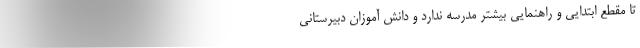
تا مقطع ابتدایی و راهنمایی بیشتر مدرسه ندارد و دانش آموزان دبیرستانی